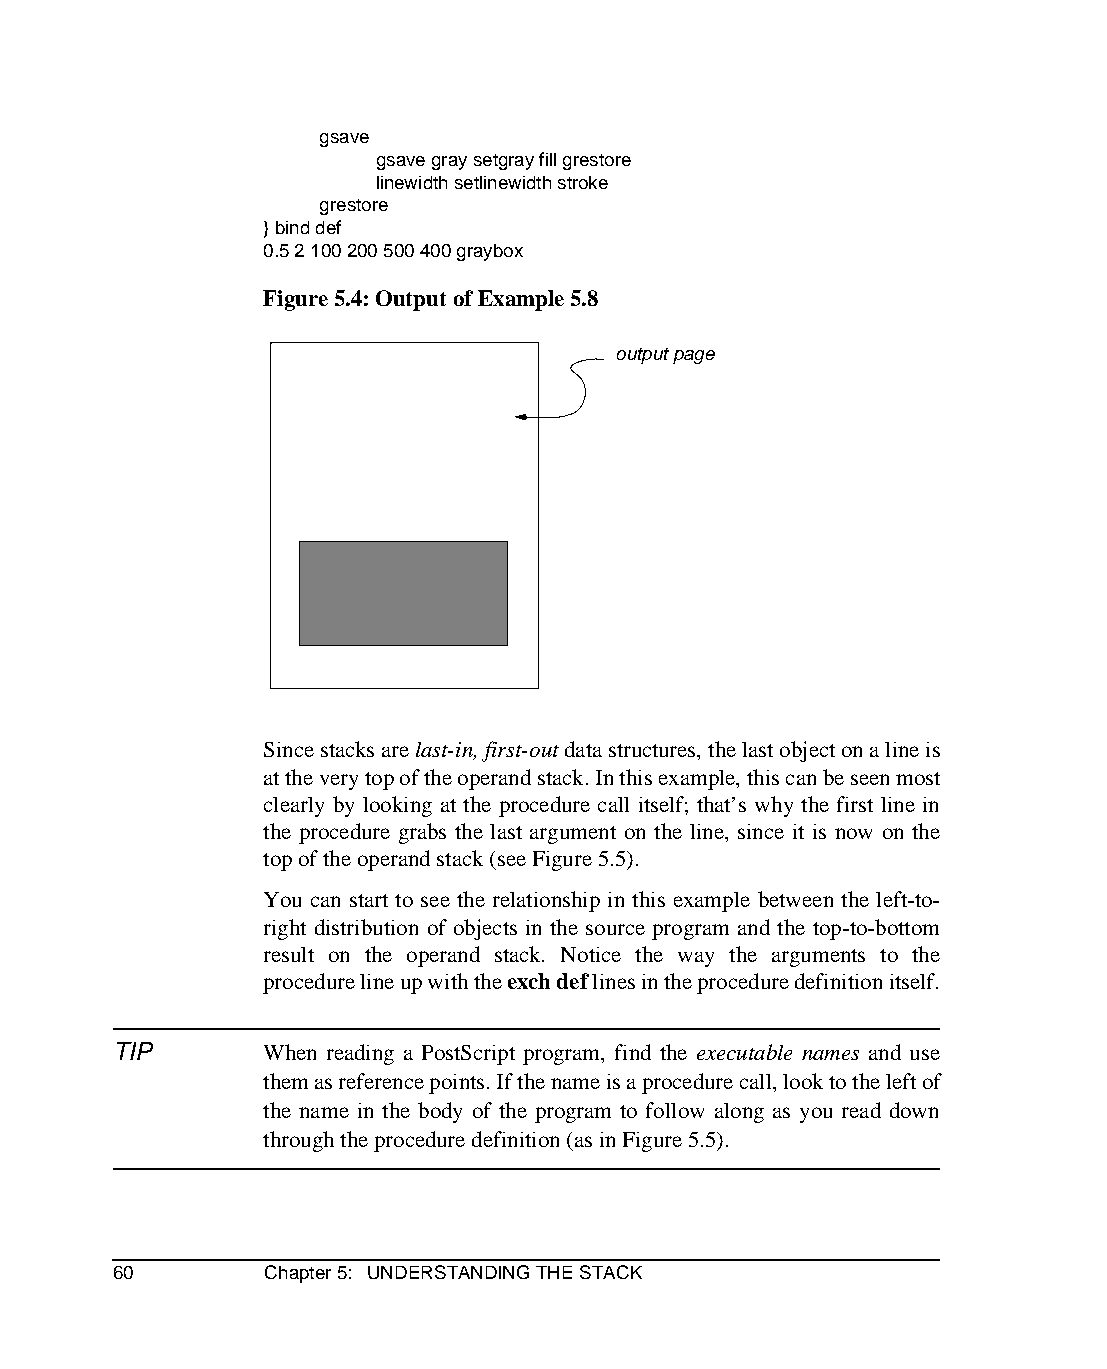
gsave
 gsave gray setgray fill grestore
 linewidth setlinewidth stroke
 grestore
 } bind def
 0.5 2 100 200 500 400 graybox
 Figure 5.4: Output of Example 5.8
 output page
 Since stacks are last-in, first-out data structures, the last object on a line is
 at the very top of the operand stack. In this example, this can be seen most
 clearly by looking at the procedure call itself; that’s why the first line in
 the procedure grabs the last argument on the line, since it is now on the
 top of the operand stack (see Figure 5.5).
 You can start to see the relationship in this example between the left-to-
 right distribution of objects in the source program and the top-to-bottom
 result on the operand stack. Notice the way the arguments to the
 procedure line up with the exch def lines in the procedure definition itself.
 TIP       When reading a PostScript program, find the executable names and use
 them as reference points. If the name is a procedure call, look to the left of
 the name in the body of the program to follow along as you read down
 through the procedure definition (as in Figure 5.5).
 60        Chapter 5: UNDERSTANDING THE STACK